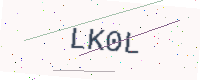
Text: LK0L